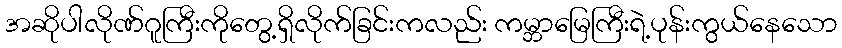
အဆိုပါလိုဏ်ဂူကြီးကိုတွေ့ရှိလိုက်ခြင်းကလည်း ကမ္ဘာမြေကြီးရဲ့ပုန်းကွယ်နေသော